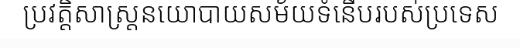
ប្រវត្តិសាស្ត្រនយោបាយសម័យទំនើបរបស់ប្រទេស